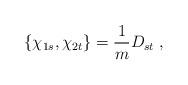
LaTeX: \begin{align*}\{\chi_{1s},\chi_{2t}\}=\frac{1}{m}D_{st} \;,\end{align*}